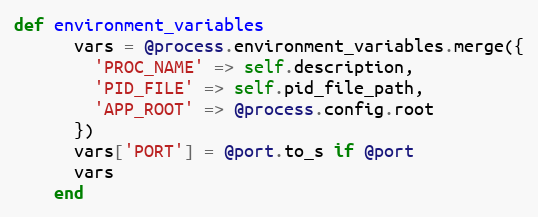
Language: Ruby
def environment_variables
      vars = @process.environment_variables.merge({
        'PROC_NAME' => self.description,
        'PID_FILE' => self.pid_file_path,
        'APP_ROOT' => @process.config.root
      })
      vars['PORT'] = @port.to_s if @port
      vars
    end